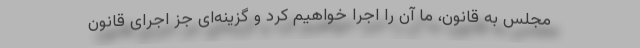
مجلس به قانون، ما آن را اجرا خواهیم کرد و گزینه‌ای جز اجرای قانون